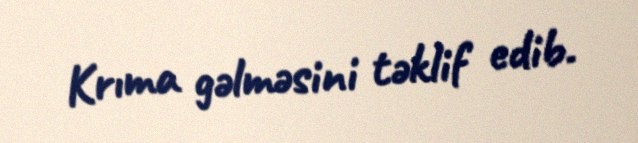
Krıma gəlməsini təklif edib.